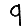
Digit: 9